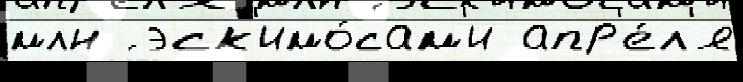
млн ́ эск'имо́сам'и апр'е́л'я